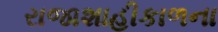
રાજાશાહીકાળના